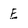
Character: E